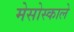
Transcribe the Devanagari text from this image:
मेसोस्काले